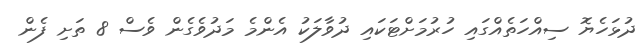
ދުޅަހެޔޮ ސިއްހަތެއްގައި ހުރުމަށްޓަކައި ދުވާލަކު އެންމެ މަދުވެގެން ވެސް 8 ތަށި ފެން